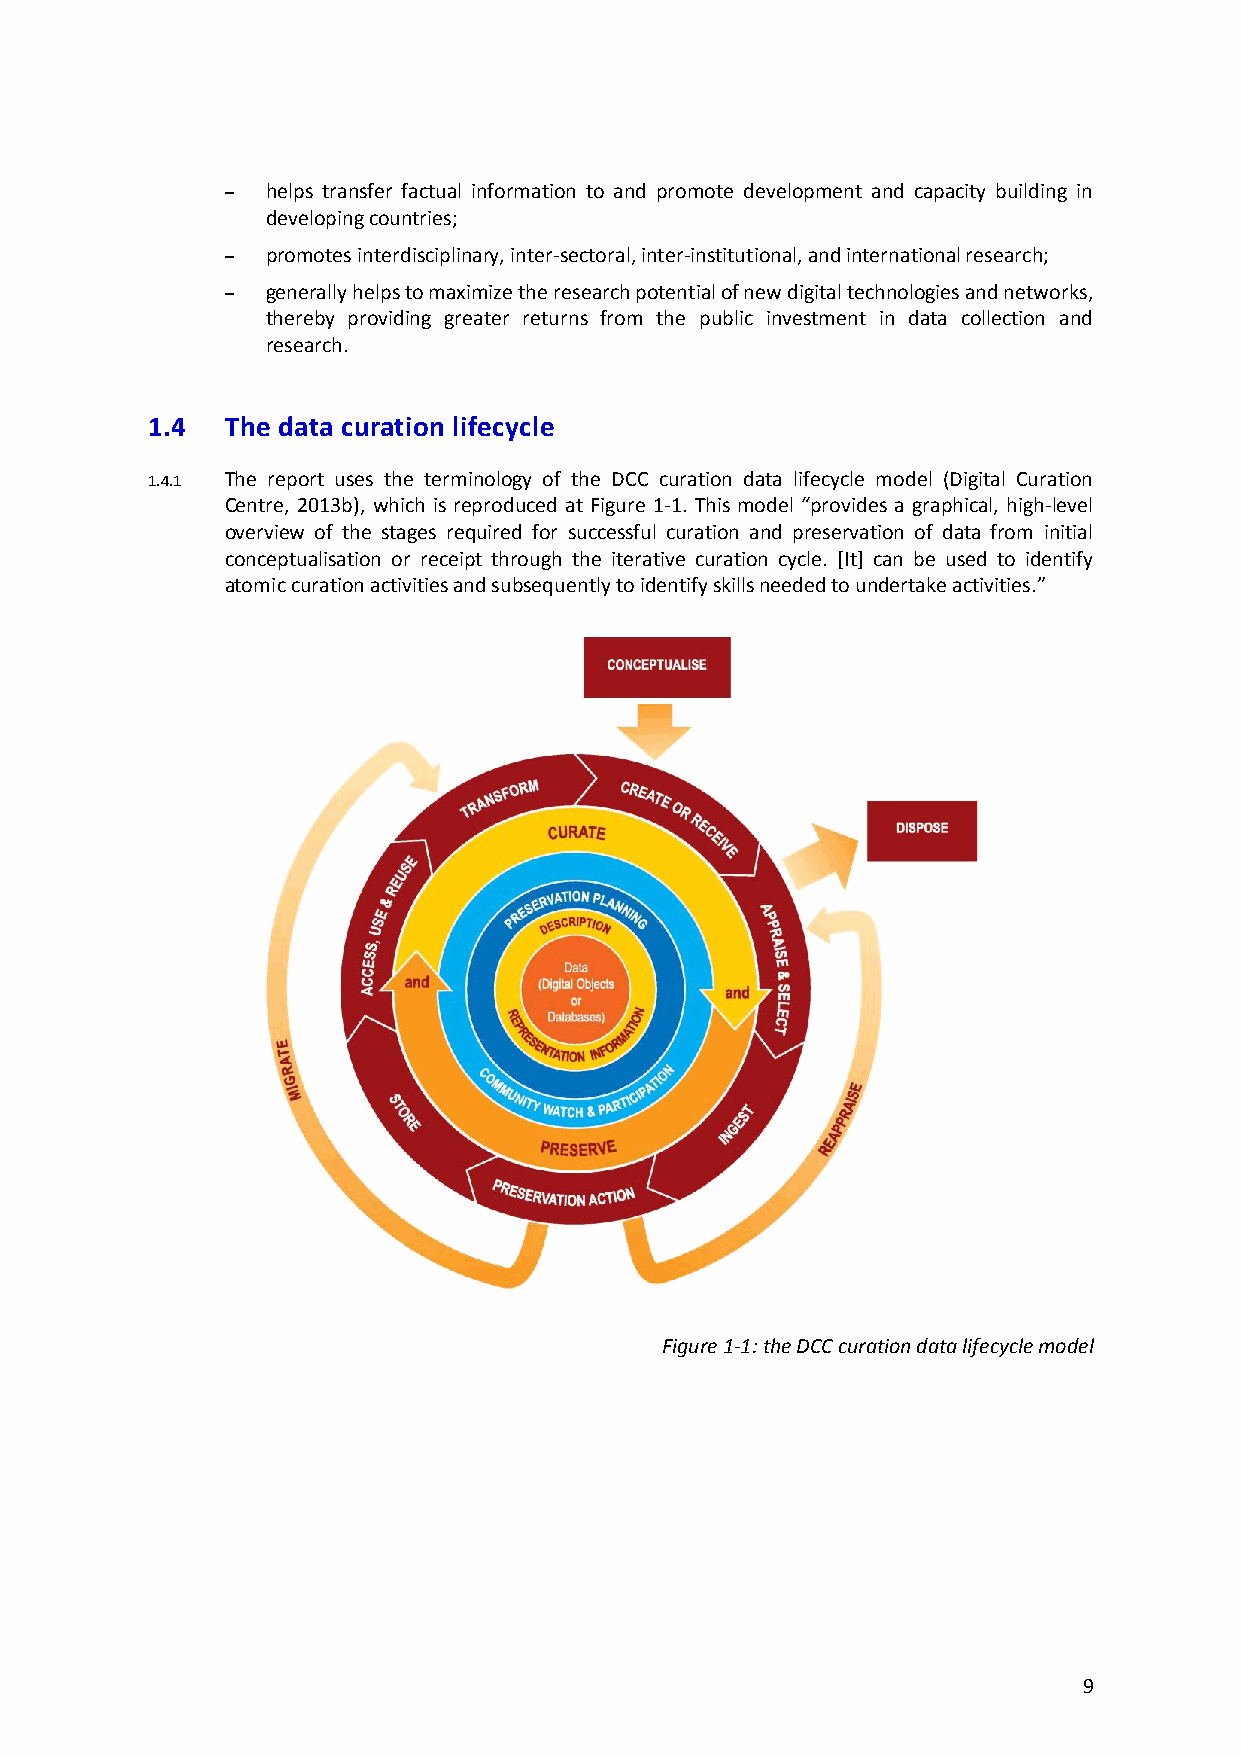
–  helps transfer factual information to and promote development and capacity building in
 developing countries;
 –  promotes interdisciplinary, inter-sectoral, inter-institutional, and international research;
 –  generally helps to maximize the research potential of new digital technologies and networks,
 thereby providing greater returns from the public investment in data collection and
 research.
 1.4  The data curation lifecycle
 1.4.1 The report uses the terminology of the DCC curation data lifecycle model (Digital Curation
 Centre, 2013b), which is reproduced at Figure 1-1. This model “provides a graphical, high-level
 overview of the stages required for successful curation and preservation of data from initial
 conceptualisation or receipt through the iterative curation cycle. [It] can be used to identify
 atomic curation activities and subsequently to identify skills needed to undertake activities.”
 Figure 1-1: the DCC curation data lifecycle model
 9